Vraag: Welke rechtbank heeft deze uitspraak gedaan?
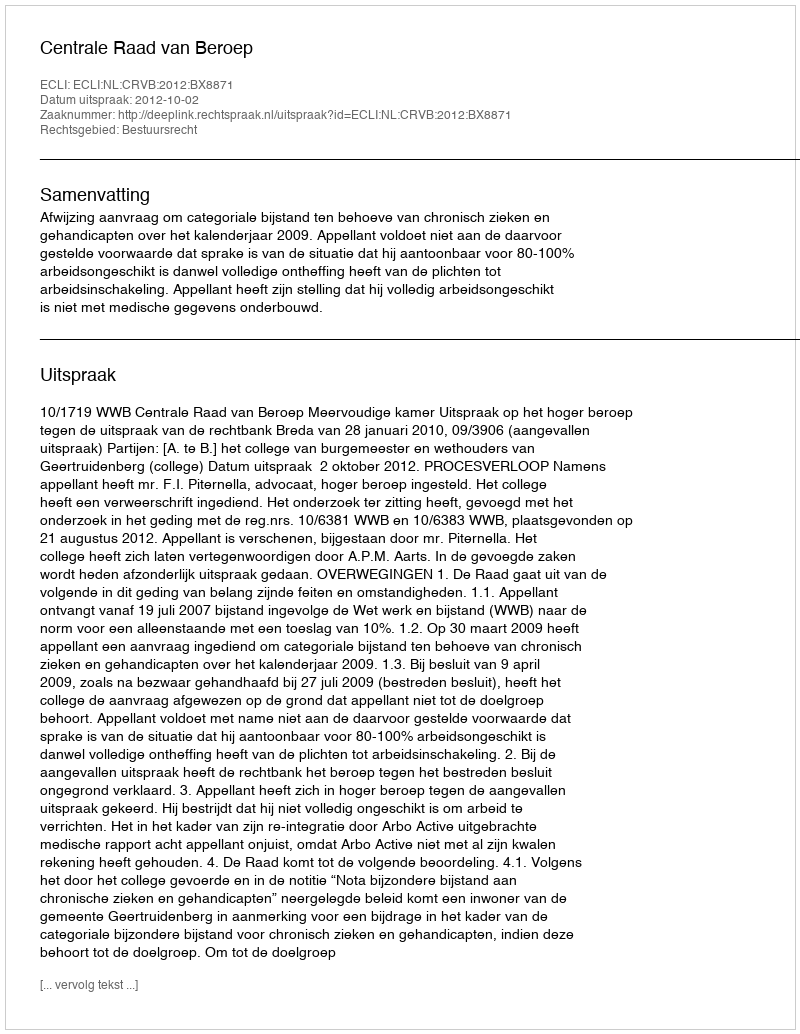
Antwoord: Centrale Raad van Beroep